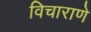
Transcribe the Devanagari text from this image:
विचाराणे